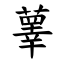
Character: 䕉